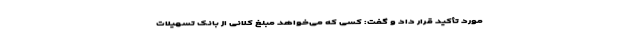
مورد تأکید قرار داد و گفت: کسی که می‌خواهد مبلغ کلانی از بانک تسهیلات